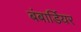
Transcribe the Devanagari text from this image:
बंबार्डियर